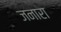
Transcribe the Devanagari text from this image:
जनारा